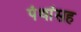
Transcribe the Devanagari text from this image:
पंथांसह